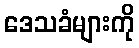
ဒေသခံများကို